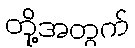
တို့အတွက်